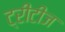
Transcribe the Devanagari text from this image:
ट्रीटीज